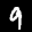
Label: 9